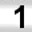
Digit: 1